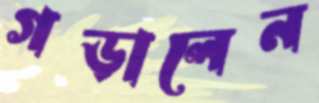
গড়ালেন